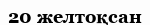
20 желтоқсан